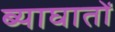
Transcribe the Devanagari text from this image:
ब्याघातों